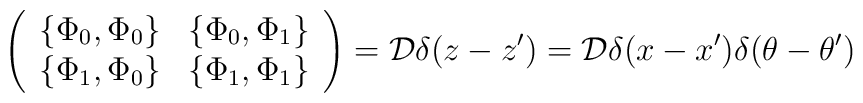
\left(\begin{array}{cc}\{\Phi_{0},\Phi_{0}\} & \{\Phi_{0},\Phi_{1}\}\\\{\Phi_{1},\Phi_{0}\} & \{\Phi_{1},\Phi_{1}\}\end{array}\right) = {\cal D} \delta (z - z') = {\cal D} \delta(x-x')\delta (\theta - \theta')